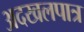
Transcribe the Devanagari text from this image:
अदखलपात्र